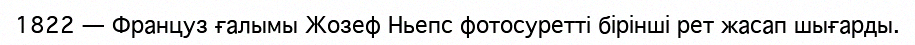
1822 — Француз ғалымы Жозеф Ньепс фотосуретті бiрiншi рет жасап шығарды.